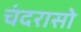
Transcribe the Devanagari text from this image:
चंदरासो